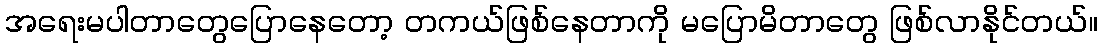
အရေးမပါတာတွေပြောနေတော့ တကယ်ဖြစ်နေတာကို မပြောမိတာတွေ ဖြစ်လာနိုင်တယ်။